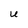
Character: U